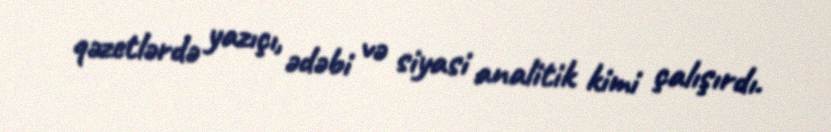
qəzetlərdə yazıçı, ədəbi və siyasi analitik kimi çalışırdı.